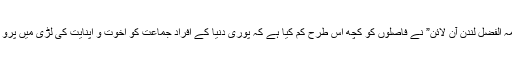
“روزنامہ الفضل لندن آن لائن” نے فاصلوں کو کچھ اس طرح کم کیا ہے کہ پوری دنیا کے افراد جماعت کو اخوت و اپنایت کی لڑی میں پَرو دیا ہے۔